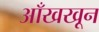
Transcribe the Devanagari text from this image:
आँखखून